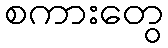
စကားတွေ